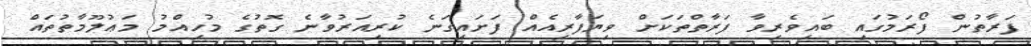
ފަރާތުން ފޯރަމުގައި ބައިވެރިވާ ފަރާތްތަކަށް ވިޔަފާރިއެއް ފަށައިގަނެ ކުރިއަރުވާނެ ގޮތުގެ މުހިއްމު މަޢުލޫމާތުތައް